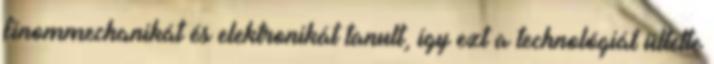
finommechanikát és elektronikát tanult, így ezt a technológiát ültette